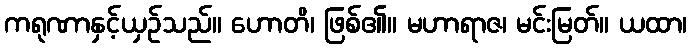
ကရုဏာနှင့်ယှဉ်သည်။ ဟောတိ၊ ဖြစ်၏။ မဟာရာဇ၊ မင်းမြတ်။ ယထာ၊